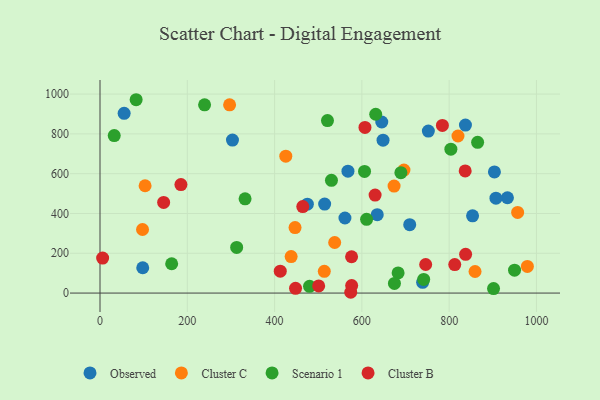
{"axis": {"x": "Distance", "y": "Fuel Efficiency"}, "legend": ["Cluster B", "Cluster C", "Observed", "Scenario 1"], "data": [{"x": "933.5", "y": 479.0, "type": "Observed"}, {"x": "752.3", "y": 814.3, "type": "Observed"}, {"x": "853.6", "y": 388.2, "type": "Observed"}, {"x": "514.7", "y": 447.2, "type": "Observed"}, {"x": "55.3", "y": 903.2, "type": "Observed"}, {"x": "568.1", "y": 612.4, "type": "Observed"}, {"x": "837.3", "y": 844.4, "type": "Observed"}, {"x": "475.1", "y": 446.7, "type": "Observed"}, {"x": "907.2", "y": 477.0, "type": "Observed"}, {"x": "709.6", "y": 343.5, "type": "Observed"}, {"x": "97.9", "y": 127.2, "type": "Observed"}, {"x": "648.5", "y": 768.4, "type": "Observed"}, {"x": "561.2", "y": 377.3, "type": "Observed"}, {"x": "739.2", "y": 53.8, "type": "Observed"}, {"x": "645.6", "y": 859.7, "type": "Observed"}, {"x": "635.2", "y": 394.1, "type": "Observed"}, {"x": "303.5", "y": 768.7, "type": "Observed"}, {"x": "903.7", "y": 608.9, "type": "Observed"}, {"x": "446.9", "y": 329.4, "type": "Cluster C"}, {"x": "696.4", "y": 618.1, "type": "Cluster C"}, {"x": "673.8", "y": 537.7, "type": "Cluster C"}, {"x": "956.9", "y": 405.1, "type": "Cluster C"}, {"x": "537.7", "y": 254.2, "type": "Cluster C"}, {"x": "820.2", "y": 789.3, "type": "Cluster C"}, {"x": "437.9", "y": 183.5, "type": "Cluster C"}, {"x": "296.9", "y": 946.2, "type": "Cluster C"}, {"x": "103.3", "y": 539.4, "type": "Cluster C"}, {"x": "979.2", "y": 134.0, "type": "Cluster C"}, {"x": "859.3", "y": 108.5, "type": "Cluster C"}, {"x": "425.7", "y": 688.1, "type": "Cluster C"}, {"x": "97.4", "y": 319.6, "type": "Cluster C"}, {"x": "513.9", "y": 109.5, "type": "Cluster C"}, {"x": "949.8", "y": 115.0, "type": "Scenario 1"}, {"x": "683.0", "y": 101.3, "type": "Scenario 1"}, {"x": "521.2", "y": 867.0, "type": "Scenario 1"}, {"x": "631.7", "y": 898.6, "type": "Scenario 1"}, {"x": "606.1", "y": 611.5, "type": "Scenario 1"}, {"x": "530.3", "y": 566.6, "type": "Scenario 1"}, {"x": "164.2", "y": 147.3, "type": "Scenario 1"}, {"x": "332.4", "y": 473.5, "type": "Scenario 1"}, {"x": "803.9", "y": 723.1, "type": "Scenario 1"}, {"x": "901.7", "y": 22.7, "type": "Scenario 1"}, {"x": "480.1", "y": 34.0, "type": "Scenario 1"}, {"x": "865.2", "y": 757.4, "type": "Scenario 1"}, {"x": "32.6", "y": 791.4, "type": "Scenario 1"}, {"x": "674.6", "y": 48.7, "type": "Scenario 1"}, {"x": "610.8", "y": 370.7, "type": "Scenario 1"}, {"x": "313.1", "y": 229.3, "type": "Scenario 1"}, {"x": "689.4", "y": 605.3, "type": "Scenario 1"}, {"x": "741.6", "y": 68.8, "type": "Scenario 1"}, {"x": "239.6", "y": 946.2, "type": "Scenario 1"}, {"x": "82.8", "y": 971.7, "type": "Scenario 1"}, {"x": "448.0", "y": 23.8, "type": "Cluster B"}, {"x": "501.0", "y": 36.0, "type": "Cluster B"}, {"x": "836.7", "y": 613.9, "type": "Cluster B"}, {"x": "464.6", "y": 434.5, "type": "Cluster B"}, {"x": "576.4", "y": 182.6, "type": "Cluster B"}, {"x": "630.3", "y": 492.4, "type": "Cluster B"}, {"x": "746.2", "y": 143.7, "type": "Cluster B"}, {"x": "574.5", "y": 4.0, "type": "Cluster B"}, {"x": "6.0", "y": 176.0, "type": "Cluster B"}, {"x": "837.7", "y": 194.5, "type": "Cluster B"}, {"x": "784.5", "y": 842.4, "type": "Cluster B"}, {"x": "607.1", "y": 832.3, "type": "Cluster B"}, {"x": "145.8", "y": 455.7, "type": "Cluster B"}, {"x": "576.6", "y": 37.8, "type": "Cluster B"}, {"x": "413.0", "y": 110.1, "type": "Cluster B"}, {"x": "812.8", "y": 143.2, "type": "Cluster B"}, {"x": "185.4", "y": 545.4, "type": "Cluster B"}]}